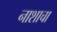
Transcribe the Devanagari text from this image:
नाशाचा